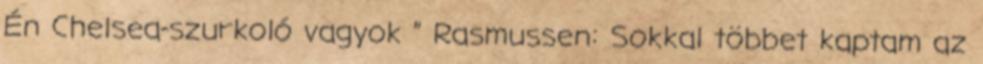
Én Chelsea-szurkoló vagyok ” Rasmussen: Sokkal többet kaptam az